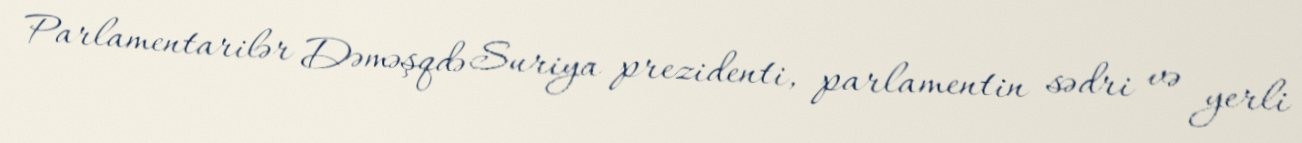
Parlamentarilər Dəməşqdə Suriya prezidenti, parlamentin sədri və yerli